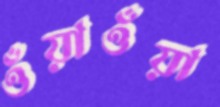
ওঁয়াওঁয়া